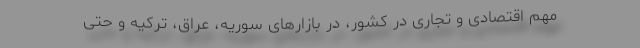
مهم اقتصادی و تجاری در کشور، در بازارهای سوریه، عراق، ترکیه و حتی